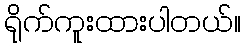
ရိုက်ကူးထားပါတယ်။